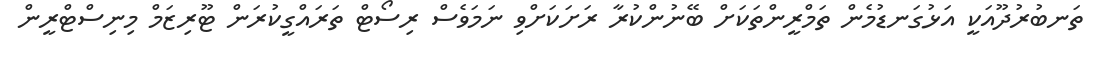
ތަނބުރުދޫއަކީ އަޅުގަނޑުމެން ތަމްރީންތަކަށް ބޭނުންކުރާ ރަށަކަށްވި ނަމަވެސް ރިސޯޓް ތަރައްގީކުރަން ޓޫރިޒަމް މިނިސްޓްރީން